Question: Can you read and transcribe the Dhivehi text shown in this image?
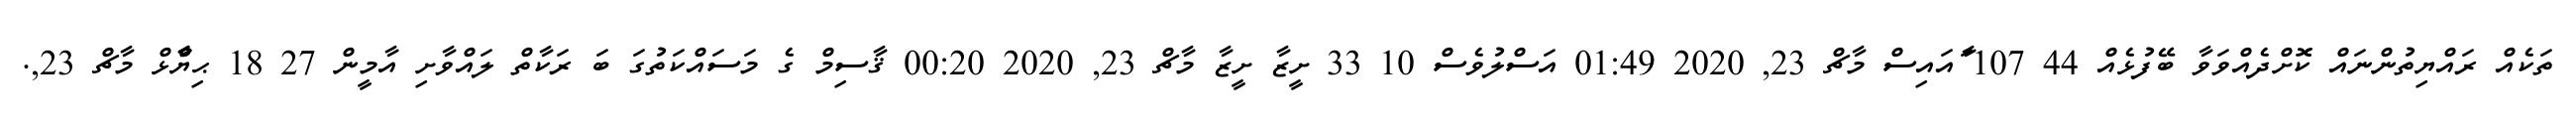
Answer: ތަކެއް ރައްޔިތުންނައް ކޮށްދެއްވަވާ ބޭފުޅެއް 44 107 ާައައިސް މާޗް 23, 2020 01:49 އަސްލުވެސް 10 33 ށީޒާ ށީޒާ މާޗް 23, 2020 00:20 ޤާސިމް ގެ މަސައްކަތުގަ ބަ ރަކާތް ލައްވާށި އާމީން 27 18 ޙިޔާާްްޅް މާޗް 23,.